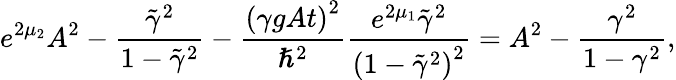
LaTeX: e^{2\mu_{2}}A^{2}-\frac{\tilde{\gamma}^{2}}{1-\tilde{\gamma}^{2}}-\frac{\left(\gamma gAt\right)^{2}}{\hslash^{2}}\frac{e^{2\mu_{1}}\tilde{\gamma}^{2}}{\left(1-\tilde{\gamma}^{2}\right)^{2}}=A^{2}-\frac{\gamma^{2}}{1-\gamma^{2}},